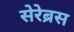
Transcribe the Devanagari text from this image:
सेरेब्रस